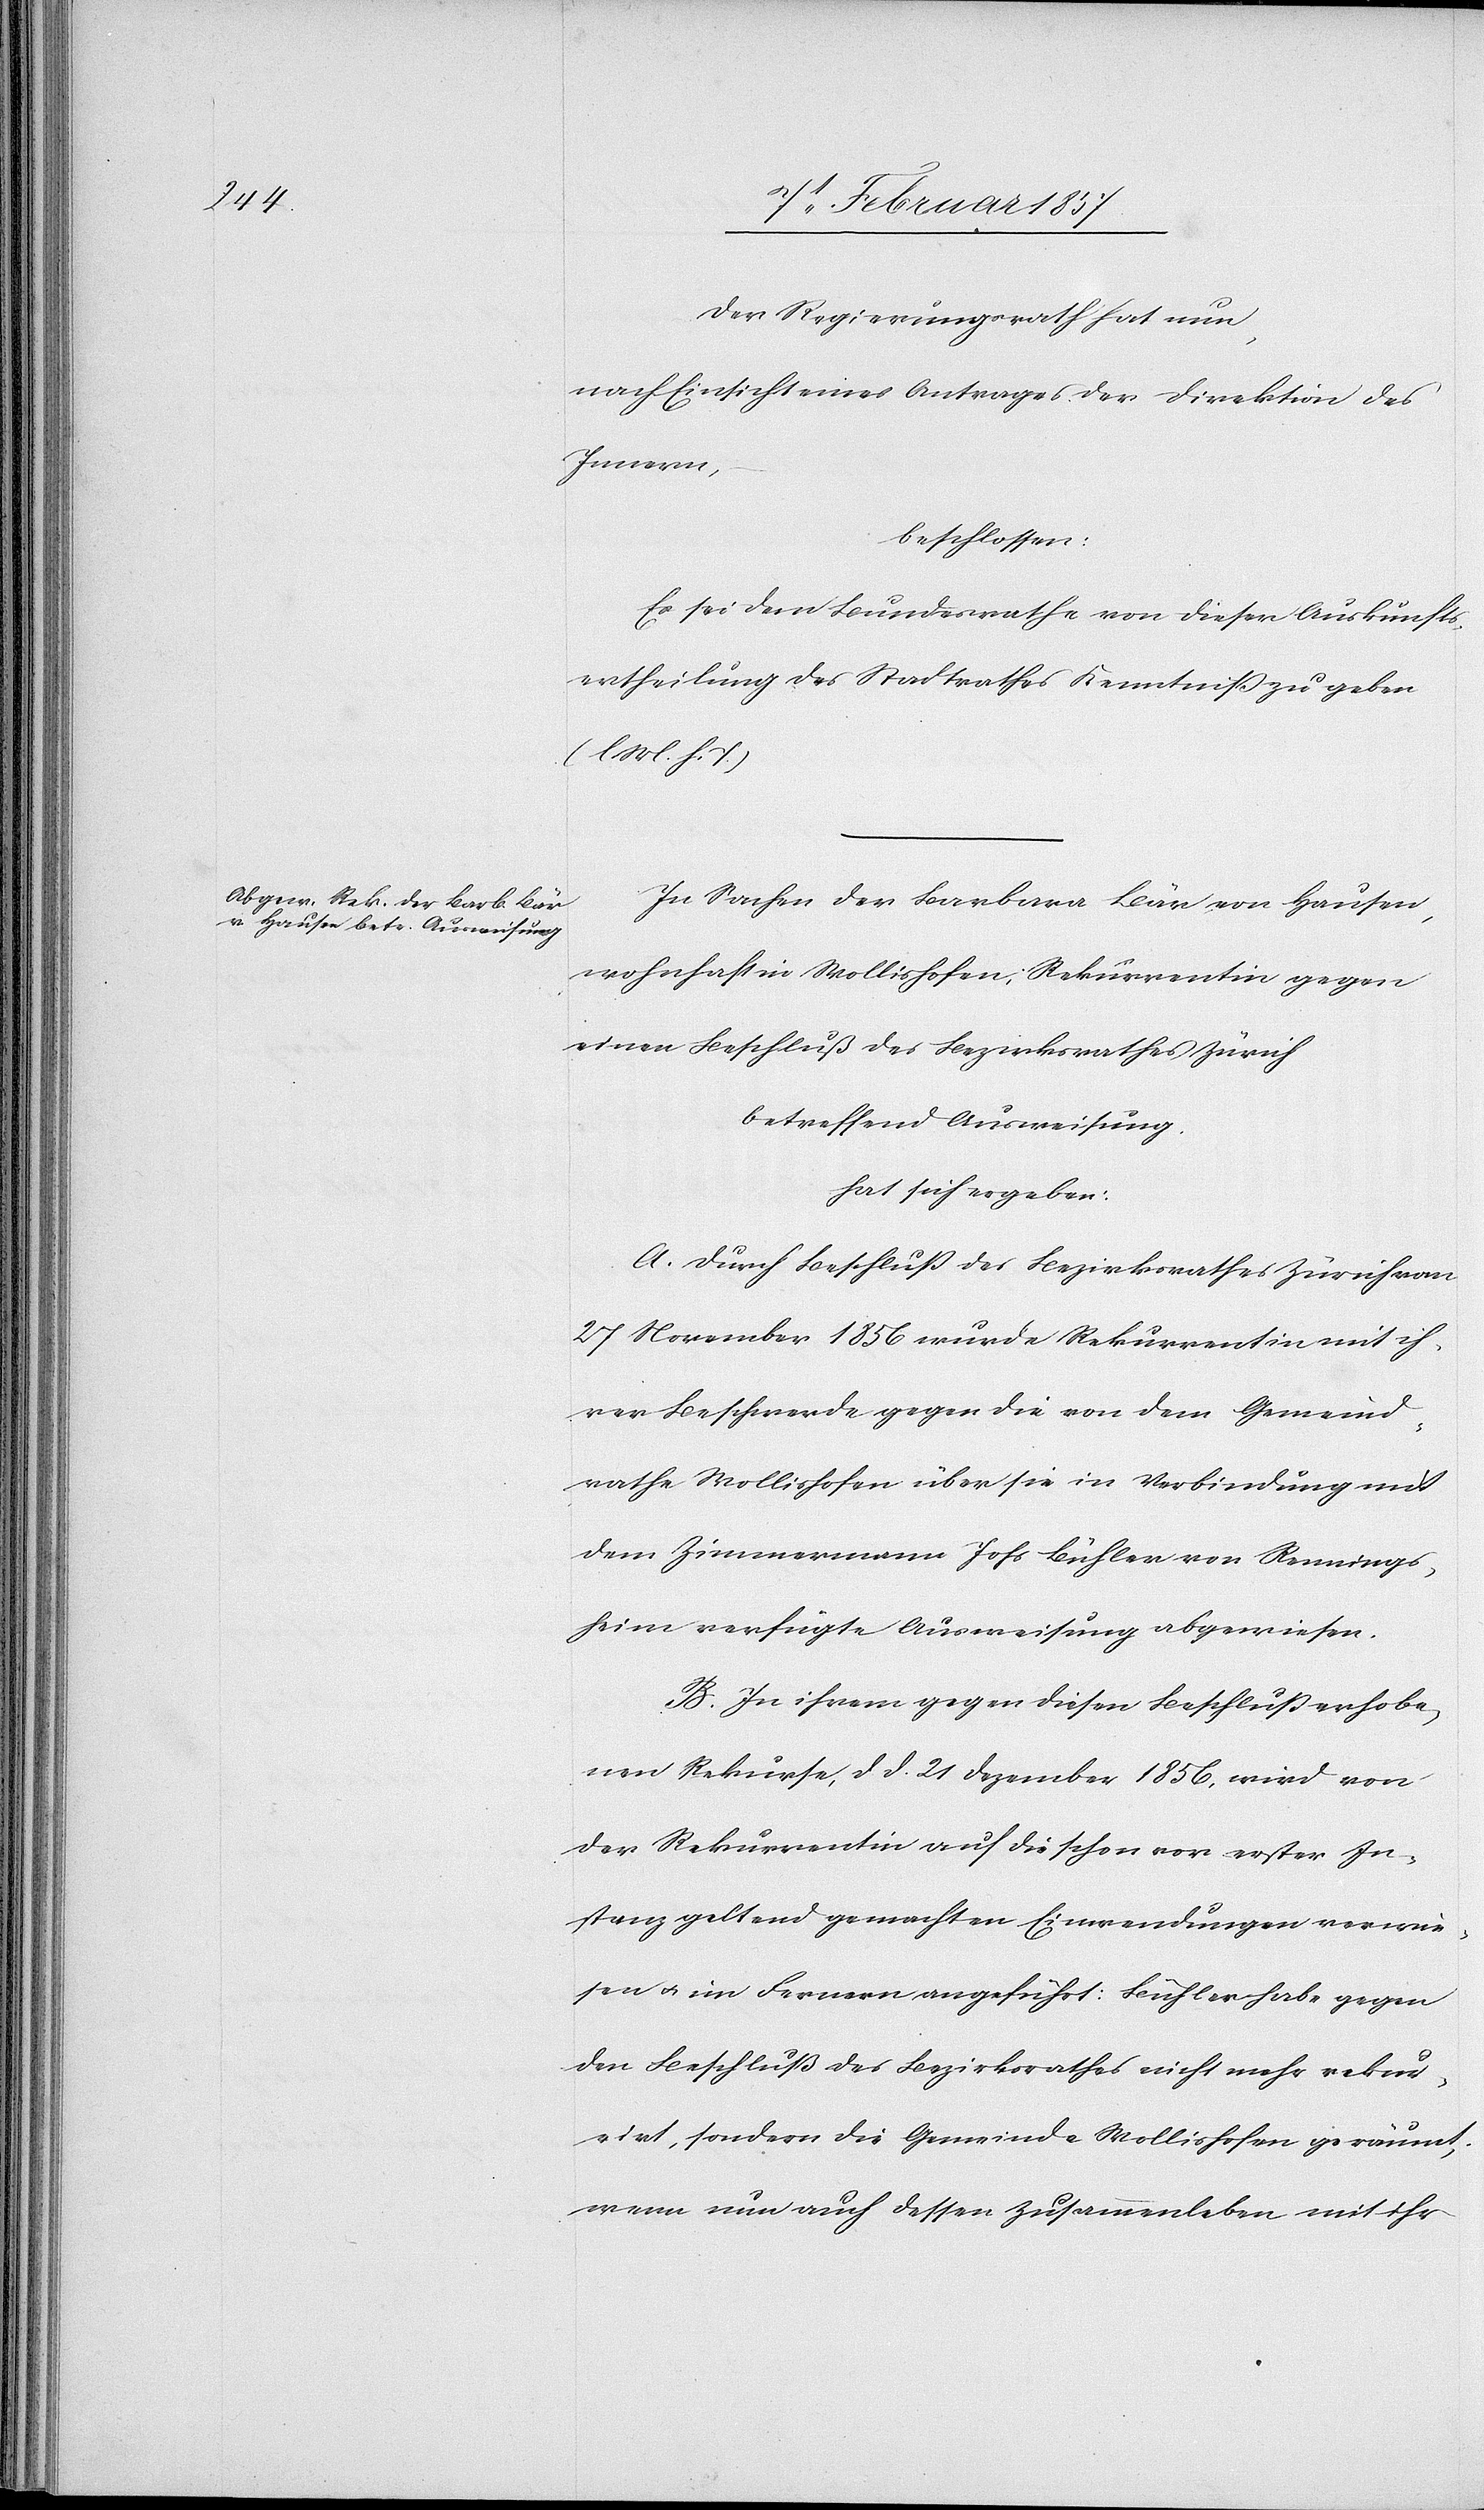
Der Regierungsrath hat nun,
nach Einsicht eines Antrages der Direktion des
Innern,
beschlossen:
Es sei dem Bundesrathe von dieser Auskunfts¬
ertheilung des Stadtrathes Kenntniß zu geben
(l. M. h. T)
In Sachen der Barbara Bär von Hausen,
wohnhaft in Wollishofen, Rekurrentin gegen
einen Beschluß des Bezirksrathes Zürich
betreffend Ausweisung
hat sich ergeben:
A. Durch Beschluß des Bezirksrathes Zürich vom
27 November 1856 wurde Rekurrentin mit ih¬
rer Beschwerde gegen die von dem Gemeind¬
rathe Wollishofen über sie in Verbindung mit
dem Zimmermann Johs Bühler von Rennings¬
heim verfügte Ausweisung abgewiesen.
B. In ihrem gegen diesen Beschluß erhobe¬
nen Rekurse, d. d. 21 Dezember 1856, wird von
der Rekurrentin auf die schon vor erster In¬
stanz geltend gemachten Einwendungen verwie¬
sen u. im Fernern angeführt: Bühler habe gegen
den Beschluß des Bezirksrathes nicht mehr rekur¬
rirt, sondern die Gemeinde Wollishofen geräumt,
wenn nun auch dessen Zusammenleben mit ihr